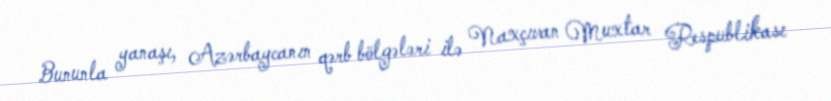
Bununla yanaşı, Azərbaycanın qərb bölgələri ilə Naxçıvan Muxtar Respublikası